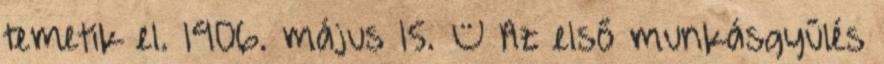
temetik el. 1906. május 15. – Az első munkásgyűlés